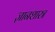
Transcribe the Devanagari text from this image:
ज्ञानशास्त्र